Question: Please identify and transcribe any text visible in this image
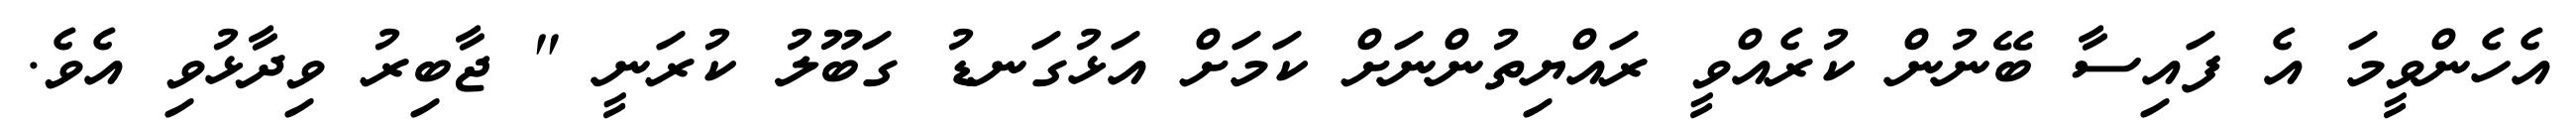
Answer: އެހެންވީމަ އެ ފައިސާ ބޭނުން ކުރެއްވީ ރައްޔިތުންނަށް ކަމަށް އަޅުގަނޑު ގަބޫލު ކުރަނީ " ޖާބިރު ވިދާޅުވި އެވެ.